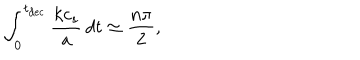
\int _ { 0 } ^ { t _ { \mathrm { d e c } } } \frac { k c _ { s } } { a } \, d t \simeq \frac { n \pi } { 2 } ,